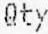
QTY